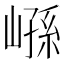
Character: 𰌮